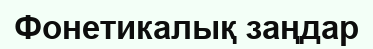
Фонетикалық заңдар